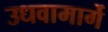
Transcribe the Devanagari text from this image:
उधवामार्गे